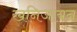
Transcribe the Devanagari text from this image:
खनिजायन